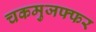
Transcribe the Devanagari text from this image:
चकमुजफ्फर